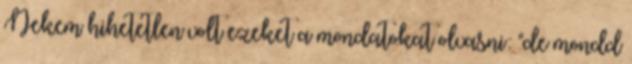
Nekem hihetetlen volt ezeket a mondatokat olvasni: "de mondd